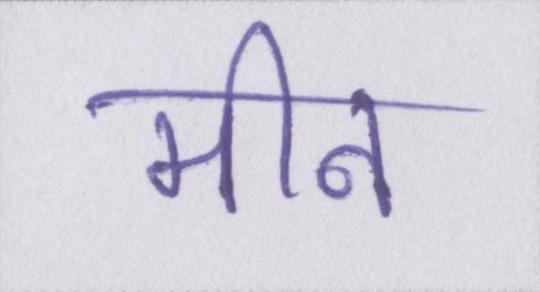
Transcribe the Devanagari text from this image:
मीन